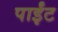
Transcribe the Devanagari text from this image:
पाईंट